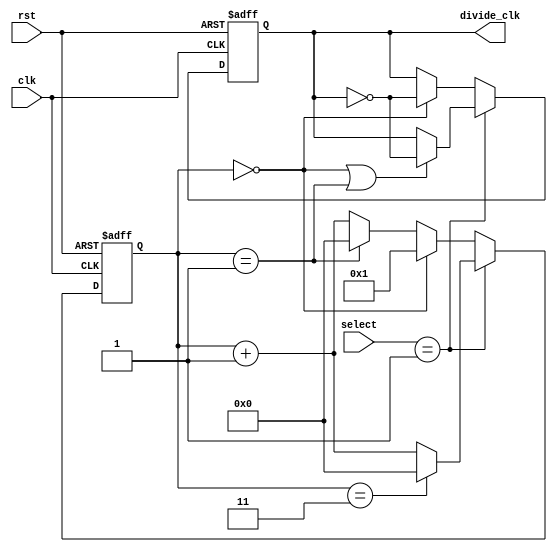
module dual_modulus_clock_divider(
    input wire clk,
    input wire rst,
    input wire [1:0] select,
    output reg divide_clk
);

reg [15:0] counter;

always @(posedge clk or posedge rst) begin
    if (rst) begin
        counter <= 16'b0;
        divide_clk <= 1'b0;
    end else begin
        case(select)
            2'b00: begin // divide by 2
                if (counter == 16'd0) begin
                    divide_clk <= ~divide_clk;
                    counter <= 16'd1;
                end else if (counter == 16'd1) begin
                    counter <= 16'd0;
                end else begin
                    counter <= counter + 1;
                end
            end
            2'b01: begin // divide by 4
                if (counter == 16'd0 || counter == 16'd1) begin
                    divide_clk <= ~divide_clk;
                end
                if (counter == 16'd3) begin
                    counter <= 16'd0;
                end else begin
                    counter <= counter + 1;
                end
            end
            default: begin // divide by 2 (default)
                if (counter == 16'd0) begin
                    divide_clk <= ~divide_clk;
                    counter <= 16'd1;
                end else if (counter == 16'd1) begin
                    counter <= 16'd0;
                end else begin
                    counter <= counter + 1;
                end
            end
        endcase
    end
end

endmodule